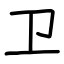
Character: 卫